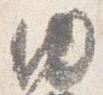
内